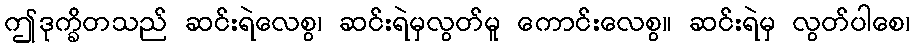
ဤဒုက္ခိတသည် ဆင်းရဲလေစွ၊ ဆင်းရဲမှလွတ်မူ ကောင်းလေစွ။ ဆင်းရဲမှ လွတ်ပါစေ၊